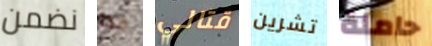
نضمن جدا قتالي تشرين حاملة